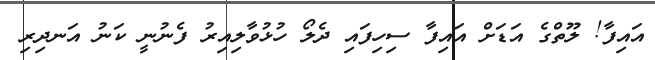
އައިފާ! ލޫތްގެ އަޑަށް އައިފާ ސިހިފައި ދެލޯ ހުޅުވާލިއިރު ފެނުނީ ކަނު އަނދިރި